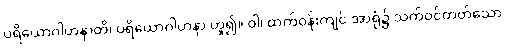
ပရိယောဂါဟနာတိ၊ ပရိယောဂါဟနာ ဟူ၍။ ဝါ၊ ထက်ဝန်းကျင် အာရုံ၌ သက်ဝင်တတ်သော